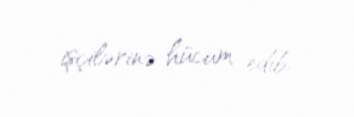
işçilərinə hücum edib.